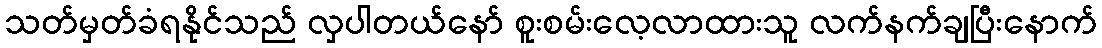
သတ်မှတ်ခံရနိုင်သည် လှပါတယ်နော် စူးစမ်းလေ့လာထားသူ လက်နက်ချပြီးနောက်